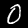
Label: 0